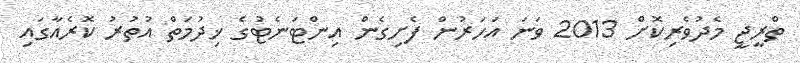
ތްރީޖީ މެދުވެރިކޮށް 2013 ވަނަ އަހަރުން ފެށިގެން އިންޓަނެޓުގެ ޚިދުމަތް އުތުރު ކޮރެއާގައި